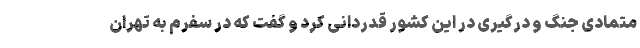
متمادی جنگ و درگیری در این کشور قدردانی کرد و گفت که در سفرم به تهران